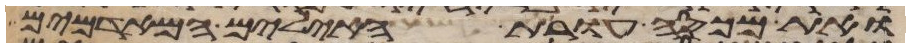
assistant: ואת מכסה עורת האילים המאדמים